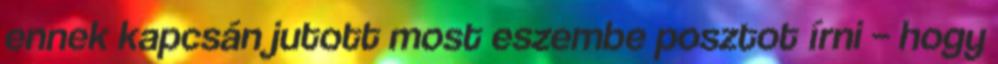
ennek kapcsán jutott most eszembe posztot írni – hogy